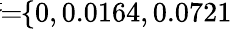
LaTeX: \! \! \! \overline{{\sigma}}\! \! =\! \! \{ 0,0.0164,0.0721\} \! \! \!